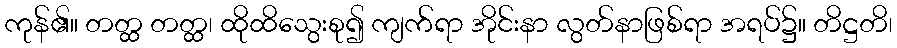
ကုန်၏။ တတ္ထ တတ္ထ၊ ထိုထိသွေးစု၍ ကျက်ရာ အိုင်းနာ လွတ်နာဖြစ်ရာ အရပ်၌။ တိဋ္ဌတိ၊